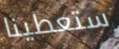
ستعطينا